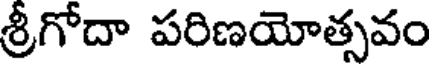
శ్రీగోదా పరిణయోత్సవం